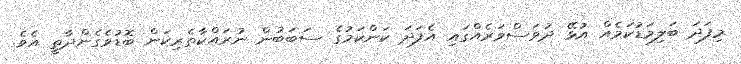
މިފަދަ ބަލިމަޑުކަމެއް އުޅޭ ދުވަސްވަރެއްގައި އެފަދަ ކަންކަމުގެ ސަބަބުން ނުރައްކާތެރިކަން ބޮޑުވެެގެންދާތީ އެވެ.